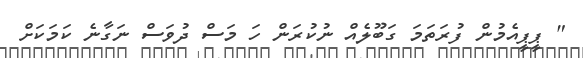
" ޕީޕީއެމުން ފުރަތަމަ ގަބޫލެއް ނުކުރަން ހަ މަސް ދުވަސް ނަގާނެ ކަމަކަށް